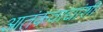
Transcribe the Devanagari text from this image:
आतंकवाद्यांशी